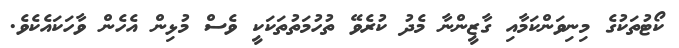
ކޯޓުތަކުގެ މިނިވަންކަމާއި ގާޒީންނާ މެދު ކުރެވޭ ތުހުމަތުތަކަކީ ވެސް މުޅިން އެހެން ވާހަކައެކެވެ.